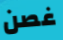
غصن